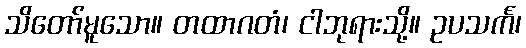
သိတော်မူသော။ တထာဂတံ၊ ငါဘုရားသို့။ ဥပသင်္က၊